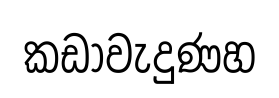
කඩාවැදුණහ